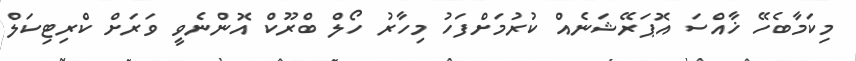
މިކަމާބެހޭ ޚާއްސަ އޮޕަރޭޝަނެއް ކުރުމަށްފަހު މިހާރު ހޯލް ބްރޫކް އޮންނެވީ ވަރަށް ކްރިޓިކަލް